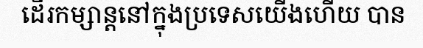
ដើរកម្សាន្តនៅក្នុងប្រទេសយើងហើយ បាន